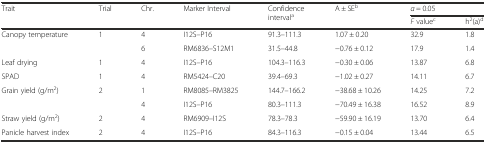
<table><thead><tr><td rowspan="2"><b>Trait</b></td><td rowspan="2"><b>Trial</b></td><td rowspan="2"><b>Chr.</b></td><td rowspan="2"><b>Marker Interval</b></td><td rowspan="2"><b>Confidence interval<sup>a</sup></b></td><td rowspan="2"><b>A ± SE<sup>b</sup></b></td><td colspan="2"><b><i>α</i> = 0.05</b></td></tr><tr><td><b><i>F</i> value<sup>c</sup></b></td><td><b>h<sup>2</sup>(a)<sup>d</sup></b></td></tr></thead><tbody><tr><td rowspan="2">Canopy temperature</td><td>1</td><td>4</td><td>I12S–P16</td><td>91.3–111.3</td><td>1.07 ± 0.20</td><td>32.9</td><td>1.8</td></tr><tr><td>[EMPTY_CELL]</td><td>6</td><td>RM6836–S12M1</td><td>31.5–44.8</td><td>−0.76 ± 0.12</td><td>17.9</td><td>1.4</td></tr><tr><td>Leaf drying</td><td>1</td><td>4</td><td>I12S–P16</td><td>104.3–116.3</td><td>−0.30 ± 0.06</td><td>13.87</td><td>6.8</td></tr><tr><td>SPAD</td><td>1</td><td>4</td><td>RM5424–C20</td><td>39.4–69.3</td><td>−1.02 ± 0.27</td><td>14.11</td><td>6.7</td></tr><tr><td rowspan="2">Grain yield (g/m<sup>2</sup>)</td><td>2</td><td>1</td><td>RM8085–RM3825</td><td>144.7–166.2</td><td>−38.68 ± 10.26</td><td>14.25</td><td>7.2</td></tr><tr><td>[EMPTY_CELL]</td><td>4</td><td>I12S–P16</td><td>80.3–111.3</td><td>−70.49 ± 16.38</td><td>16.52</td><td>8.9</td></tr><tr><td>Straw yield (g/m<sup>2</sup>)</td><td>2</td><td>4</td><td>RM6909–I12S</td><td>78.3–78.3</td><td>−59.90 ± 16.19</td><td>13.70</td><td>6.4</td></tr><tr><td>Panicle harvest index</td><td>2</td><td>4</td><td>I12S–P16</td><td>84.3–116.3</td><td>−0.15 ± 0.04</td><td>13.44</td><td>6.5</td></tr></tbody></table>